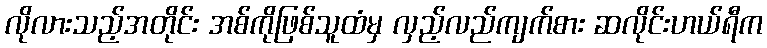
လိုလားသည့်အတိုင်း အစ်ကိုဖြစ်သူထံမှ လှည့်လည်ကျက်စား ဆလိုင်းဟယ်ရီက